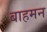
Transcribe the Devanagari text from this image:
बाहमन